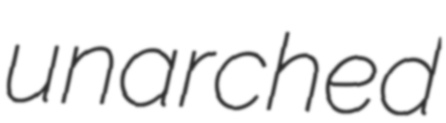
unarched